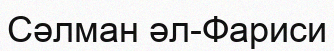
Сәлман әл-Фариси